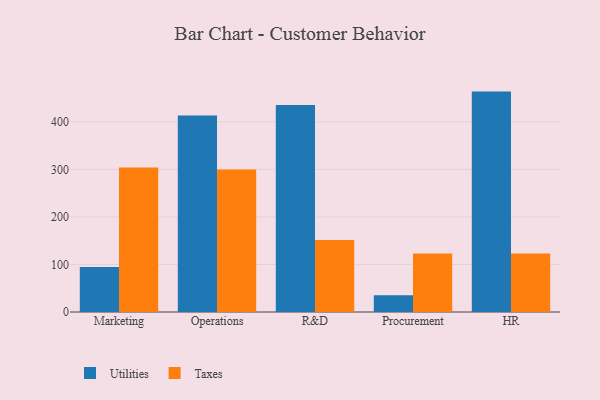
{"axis": {"x": "Department", "y": "Energy Usage (MWh)"}, "legend": ["Taxes", "Utilities"], "data": [{"x": "Marketing", "y": 94.4, "type": "Utilities"}, {"x": "Marketing", "y": 303.8, "type": "Taxes"}, {"x": "Operations", "y": 413.3, "type": "Utilities"}, {"x": "Operations", "y": 299.8, "type": "Taxes"}, {"x": "R&D", "y": 435.2, "type": "Utilities"}, {"x": "R&D", "y": 151.3, "type": "Taxes"}, {"x": "Procurement", "y": 35.2, "type": "Utilities"}, {"x": "Procurement", "y": 123.2, "type": "Taxes"}, {"x": "HR", "y": 463.6, "type": "Utilities"}, {"x": "HR", "y": 122.9, "type": "Taxes"}]}